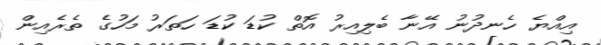
އިއްޔެ ހެނދުނު އޭނާ ބެލިއިރު އޮތް ކުޑަ ކުޑަ ހަތަރު މަހުގެ ތެރެއިން